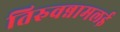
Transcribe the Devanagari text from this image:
तिरुवन्नामलई